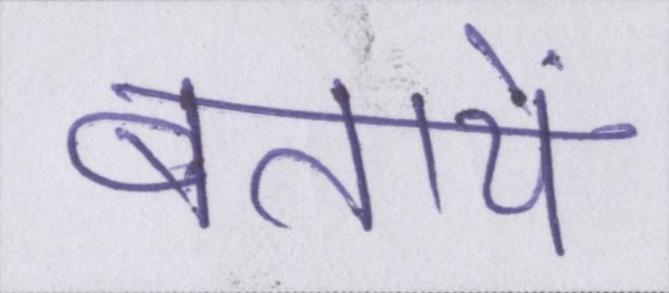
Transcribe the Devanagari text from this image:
बतायें